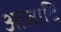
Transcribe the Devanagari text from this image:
आजादि